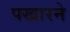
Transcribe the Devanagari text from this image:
पखारने